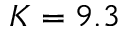
K = 9 . 3